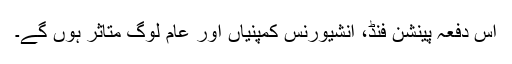
اس دفعہ پینشن فنڈ، انشیورنس کمپنیاں اور عام لوگ متاثر ہوں گے۔